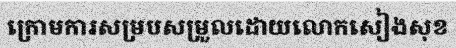
ក្រោមការសម្របសម្រួលដោយលោកសៀងសុខ